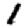
Digit: 1